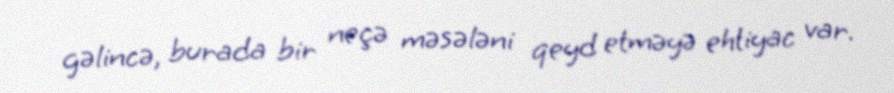
gəlincə, burada bir neçə məsələni qeyd etməyə ehtiyac var.